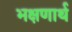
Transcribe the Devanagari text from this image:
भक्षणार्थ